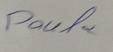
Signature authenticity: genuine